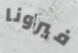
فيرونا